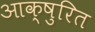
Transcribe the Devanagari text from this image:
आक्षुरित